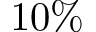
1 0 \%